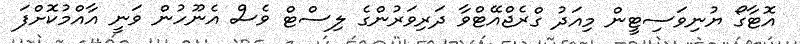
އޮޓާގޯ ޔުނިވަސިޓީން މިއަދު ގްރެޖްއޭޓްވާ ދަރިވަރުންގެ ލިސްޓް ވެސް އެނޫހުން ވަނީ އާއްމުކޮށްފަ